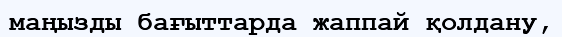
маңызды бағыттарда жаппай қолдану,